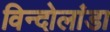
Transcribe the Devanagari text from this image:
विन्दोलांडा